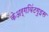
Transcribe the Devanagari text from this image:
केअर्गविंटगुइस